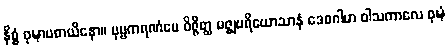
နိစ္စံ ဝုဍ္ဎာပစာယိနော။ ပုဗ္ဗကရဏံပေ ဝိဇ္ဇိတ္ထ မဇ္ဈပရိယောသာနံ ဒေဝဂါမာ ဝါသကာလေ ဝုဍ္ဎံ